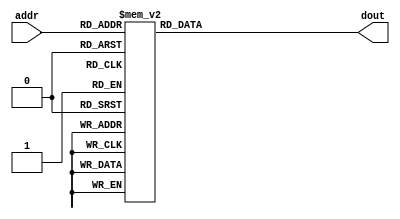
/*
 * short_preamble_rom - TODO
 *
 * Michael Tetemke Mehari michael.mehari@ugent.be
 */

module short_preamble_rom
(
  input      [3:0]  addr,
  output reg [31:0] dout  
);

  always @ *
    case (addr)
              0:   dout = 32'h05E305E3;
              1:   dout = 32'hEF0C004D;
              2:   dout = 32'hFE47F5F3;
              3:   dout = 32'h1246FE61;
              4:   dout = 32'h0BC70000;
              5:   dout = 32'h1246FE61;
              6:   dout = 32'hFE47F5F3;
              7:   dout = 32'hEF0C004D;
              8:   dout = 32'h05E305E3;
              9:   dout = 32'h004DEF0C;
             10:   dout = 32'hF5F3FE47;
             11:   dout = 32'hFE611246;
             12:   dout = 32'h00000BC7;
             13:   dout = 32'hFE611246;
             14:   dout = 32'hF5F3FE47;
             15:   dout = 32'h004DEF0C;

          default: dout = 32'h00000000;
    endcase

endmodule